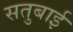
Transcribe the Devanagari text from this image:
सतुबाई